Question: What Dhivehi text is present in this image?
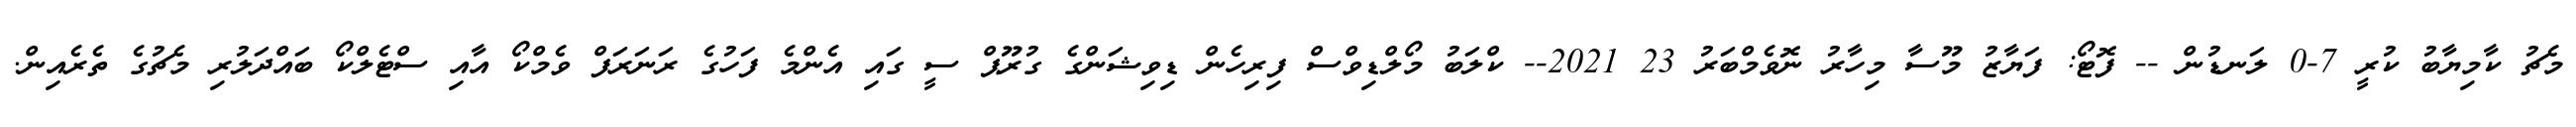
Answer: މެޗު ކާމިޔާބު ކުރީ 7-0 ލަނޑުން -- ފޮޓޯ: ފަޔާޒު މޫސާ މިހާރު ނޮވެމްބަރު 23 2021-- ކްލަބު މޯލްޑިވްސް ފިރިހެން ޑިވިޝަންގެ ގުރޫޕް ސީ ގައި އެންމެ ފަހުގެ ރަނަރަފް ވެމްކޯ އާއި ސްޓެލްކޯ ބައްދަލުރި މެޗުގެ ތެރެއިން.